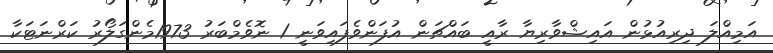
އަމިއްލަ ދިރިއުޅުން އައިޝްވާރިޔާ ރާއީ ބައްޗަން އުފަންވެފައިވަނީ 1 ނޮވެމްބަރު 1973މެންގަލޯރު ކަރްނަޓަކާ